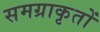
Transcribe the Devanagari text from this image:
समग्राकृतों